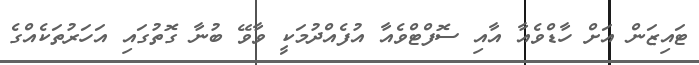
ޓައިޒަން އަށް ހާޑްވެއާ އާއި ސޮފްޓްވެއާ އުފެއްދުމަކީ ވާވޭ ބުނާ ގޮތުގައި އަހަރުތަކެއްގެ